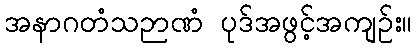
အနာဂတံသဉာဏံ ပုဒ်အဖွင့်အကျဉ်း။